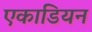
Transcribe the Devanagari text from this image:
एकाडियन